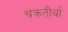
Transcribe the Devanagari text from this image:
चक्रतीर्था